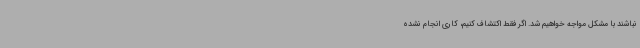
نباشند با مشکل مواجه خواهیم شد. اگر فقط اکتشاف کنیم، کاری انجام نشده